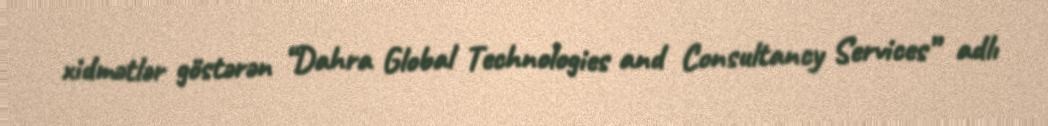
xidmətlər göstərən “Dahra Global Technologies and Consultancy Services” adlı